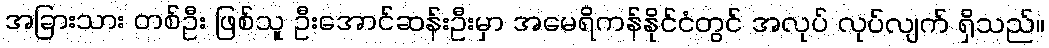
အခြားသား တစ်ဦး ဖြစ်သူ ဦးအောင်ဆန်းဦးမှာ အမေရိကန်နိုင်ငံတွင် အလုပ် လုပ်လျက် ရှိသည်။